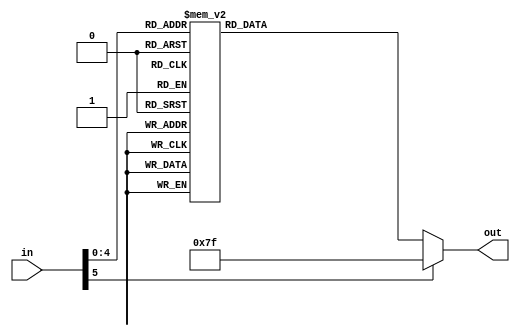
module seven_seg(out , in);

    output reg [6:0] out;
    input [5:0] in;

    always @(*) begin
        case(in)
            //all the negatives will show up in the last segment the same as if it was positive
            //but the 5th display will show a minus sign
            -8'd9: out <= 7'b0010_000;
            -8'd8: out <= 7'b0000_000;
            -8'd7: out <= 7'b1111_000;
            -8'd6: out <= 7'b0000_010;
            -8'd5: out <= 7'b0010_010;
            -8'd4: out <= 7'b0011_001;
            -8'd3: out <= 7'b0110_000;
            -8'd2: out <= 7'b0100_100;
            -8'd1: out <= 7'b1111_001;

            8'd0: out <= 7'b1000_000; 
            8'd1: out <= 7'b1111_001;
            8'd2: out <= 7'b0100_100;
            8'd3: out <= 7'b0110_000;
            8'd4: out <= 7'b0011_001;
            8'd5: out <= 7'b0010_010;
            8'd6: out <= 7'b0000_010;
            8'd7: out <= 7'b1111_000;
            8'd8: out <= 7'b0000_000;
            8'd9: out <= 7'b0010_000;

            //same here the last display will display the right side of the nubmer
            //but the 5th will now display a '1'
            8'd10: out <= 7'b1000_000; 
            8'd11: out <= 7'b1111_001;
            8'd12: out <= 7'b0100_100;
            8'd13: out <= 7'b0110_000;
            8'd14: out <= 7'b0011_001;
            8'd15: out <= 7'b0010_010;
            8'd16: out <= 7'b0000_010;
            8'd17: out <= 7'b1111_000;
            8'd18: out <= 7'b0000_000;
            default: out <= 7'b1111111;
        endcase
        
    end
endmodule